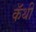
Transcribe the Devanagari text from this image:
कॅथी